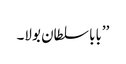
’’بابا سلطان بولا۔